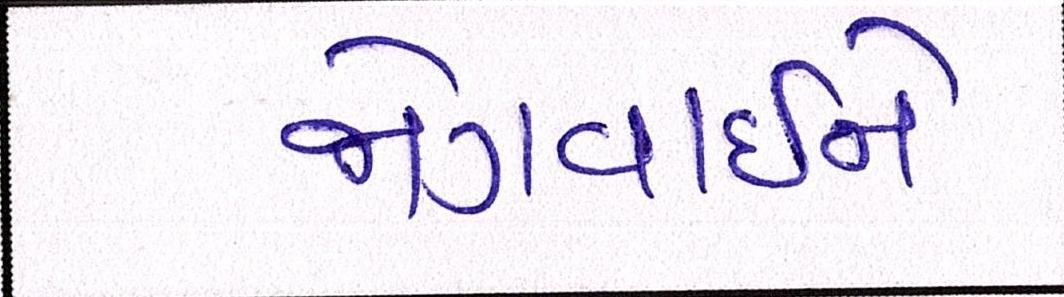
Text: જોગવાઈને